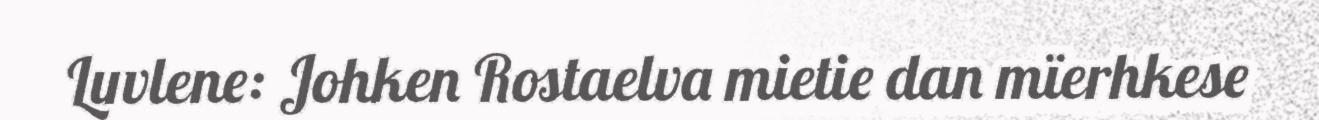
Luvlene: Johken Rostaelva mietie dan mïerhkese